Civil Veterinary Dept. Assam report 1927-50 - 1927-1950
Year: 1927
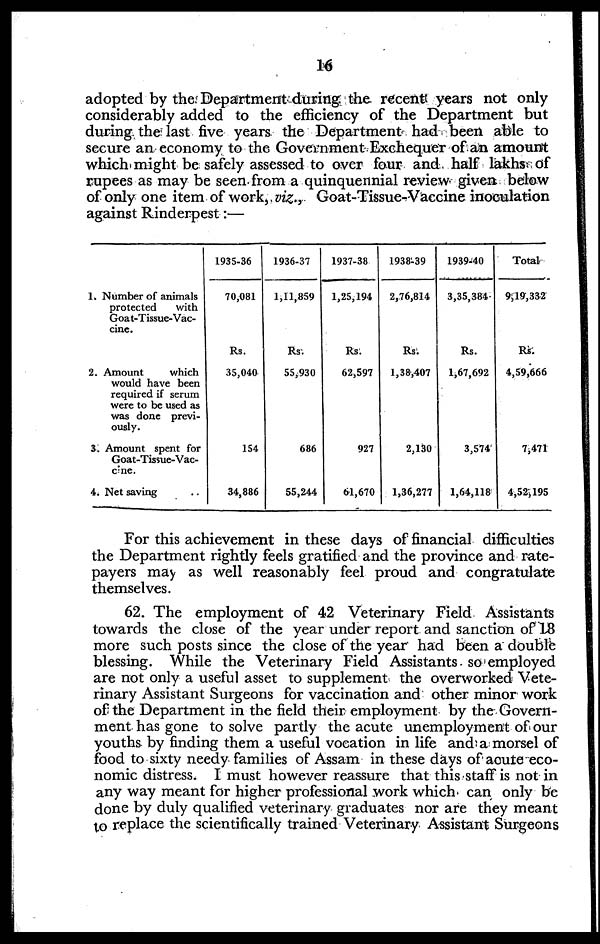
16
adopted by the Department during the recent years not only
considerably added to the efficiency of the Department but
during the last five years the Department had been able to
secure an economy to the Government Exchequer of an amount
which might be safely assessed to over four and half lakhs of
rupees as may be seen from a quinquennial review given below
of only one item of work, viz., Goat-Tissue-Vaccine inoculation
against Rinderpest:—
I. Number of animals
protected
with
Goat-Tissue-Vac-
cine.
2. Amount
which
would have been
required if serum
were to be used as
was done previ-
ously.
3. Amount spent for
Goat-Tissue-Vac-
cine.
4. Net saving ..
1935-36
70,081
Rs.
35,040
154
34,886
1936-37
1,11,859
Rs.
55,930
686
55,244
1937-38
1,25,194
Rs.
62,597
927
01,670
1938-39
2,76,814
Rs.
1,38,407
2,130
1,36,277
1939-40
3,35,384
Rs.
1,67,692
3,574
1,64,118
Total
9,19,332
Rs.
4,59,666
7,471
4,52,195
For this achievement in these days of financial difficulties
the Department rightly feels gratified and the province and rate-
payers may as well reasonably feel proud and congratulate
themselves.
62. The employment of 42 Veterinary Field Assistants
towards the close of the year under report and sanction of 18
more such posts since the close of the year had been a double
blessing. While the Veterinary Field Assistants so employed
are not only a useful asset to supplement the overworked Vete-
rinary Assistant Surgeons for vaccination and other minor work
of the Department in the field their employment by the Govern-
ment has gone to solve partly the acute unemployment of our
youths by finding them a useful vocation in life and a morsel of
food to sixty needy families of Assam in these days of acute eco-
nomic distress. I must however reassure that this staff is not in
any way meant for higher professional work which can only be
done by duly qualified veterinary graduates nor are they meant
to replace the scientifically trained Veterinary Assistant Surgeons